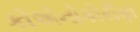
કોએનોકોરીફા